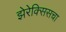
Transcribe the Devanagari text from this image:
झेरेक्सिसचा